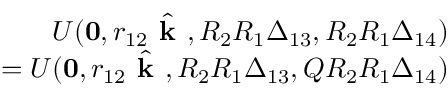
\begin{array} { r l r } & { } & { U ( \mathbf { 0 } , r _ { 1 2 } \hat { \textbf { k } } , R _ { 2 } R _ { 1 } \boldsymbol { \Delta } _ { 1 3 } , R _ { 2 } R _ { 1 } \boldsymbol { \Delta } _ { 1 4 } ) } \\ & { } & { \qquad = U ( \mathbf { 0 } , r _ { 1 2 } \hat { \textbf { k } } , R _ { 2 } R _ { 1 } \boldsymbol { \Delta } _ { 1 3 } , Q R _ { 2 } R _ { 1 } \boldsymbol { \Delta } _ { 1 4 } ) } \end{array}